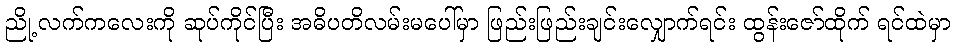
ညို့ လက်ကလေးကို ဆုပ်ကိုင်ပြီး အဓိပတိလမ်းမပေါ်မှာ ဖြည်းဖြည်းချင်းလျှောက်ရင်း ထွန်းဇော်ထိုက် ရင်ထဲမှာ